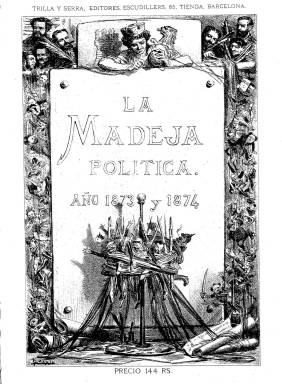
Título: La Madeja política
Colección: Revistas satíricas y humorísticas || Periódicos
Ámbito geográfico: Barcelona
Lugar de publicación: Barcelona
Fechas: 01/11/1873-02/01/1875

Es el título que adoptó el uno de noviembre de 1873 el periódico político-satírico de espíritu liberal, republicano federal y anticlerical La Flaca, que había aparecido en Barcelona por vez primera el 27 de marzo de 1869, como contraposición radical a La Gorda (1868-1870), que con igual carácter satírico era de tendencia reaccionaria y carlista. La Flaca ya había sufrido una suspensión tras publicar su número 100, el tres de septiembre de 1871, y se vio obligada a cambiar su título por La Carcajada cuando reapareció el 17 de enero de 1872, y también por La Risa y La Risotada, recuperando otra vez el título original, desde finales de 1872 hasta el cuatro de octubre de 1873, intervalo este en el que fue proclamada la I República Española.

Así como el título La Gorda hacía alusión a la “que se va a liar” con la revolución septembrina, el significado de La Flaca aparece representado en la alegoría de España en su cabecera, con una matrona seca y macilenta junto a un león (como símbolo monárquico) extenuado por el hambre. Tanto una como la otra, cada una en su bando ideológico, fueron publicaciones emblemáticas del sexenio democrático (Sánchez Vigil: 2008), y las excelentes caricaturas en color de La Flaca, en cuyas páginas se publicó la primera cromolitografía de la prensa española, “contribuyeron a fijar el estilo de la caricatura política española” (Seoane: 1983).

La Madeja política, con el grabado en su cabecera que había tenido La Flaca, comienza nueva secuencia, sus entregas siguen siendo de cuatro páginas, ocupando las dos centrales la litografía de gran tamaño de carácter político-satírico, que firmará con el seudónimo Aº Wº uno de los principales ilustradores  del siglo XIX, el pintor y dibujante Tomás Padró (1840-1877), así como Juan Alaminos. La primera y última página la ocupan breves textos en prosa y en verso, con algunas secciones como Enredos, Ojeada, Vistazo y Charadas, en las que se comentan todo tipo de cuestiones políticas de actualidad. Publicará algún número extraordinario ocupado completamente por litografías.

Bajo sus textos aparecerán seudónimos, como Bartolo, Eladio, Cascabelillo, Rufo, Cándido o Eladio, desconociéndose el nombre de sus redactores, aunque se publica algo bajo la firma de Jaime Horta, pero en su cabecera aparece indicado el domicilio de Trilla y Serra Editores, tanto como lugar de redacción y administración como de suscripción. El pie de imprenta corresponde a la de Luis Tasso.

Del siete de febrero al 18 de abril de 1874 se publicará bajo el título El Lío, y el subtítulo “semanario humorístico ilustrado” y con secuencia propia, desapareciendo de esta cabecera el grabado alegórico. Y el dos de mayo vuelve a recuperar de nuevo el título original de La Madeja política con su característico grabado en la cabecera, siguiendo la secuencia que había quedado interrumpida.

El último número de este título en la colección de la Biblioteca Nacional de España corresponde al dos de enero de 1875, con el que había comenzado una nueva numeración, en cuya primera página publica un artículo bajo el epígrafe “El Manifiesto de D. Alfonso”, a favor del cual el general Martínez Campos se había pronunciado en Sagunto el 29 de diciembre del año que había acabado para restaurar la dinastía borbónica. A partir de entonces reducirá el título a La Madeja, que seguirá publicándose hasta el tres de marzo de 1876. El 26 de febrero había dado fin la tercera guerra carlista, que había comenzado en 1872.